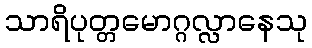
သာရိပုတ္တမောဂ္ဂလ္လာနေသု